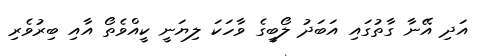
އަދި އޭނާ ގާތުގައި އަބަދު ލޯބީގެ ވާހަކަ ލިޔަނީ ކީއްވެތޯ އާއި ބިރުވެރި